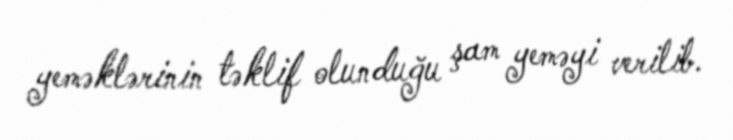
yeməklərinin təklif olunduğu şam yeməyi verilib.